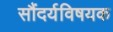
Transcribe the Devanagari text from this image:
सौंदर्यविषयक